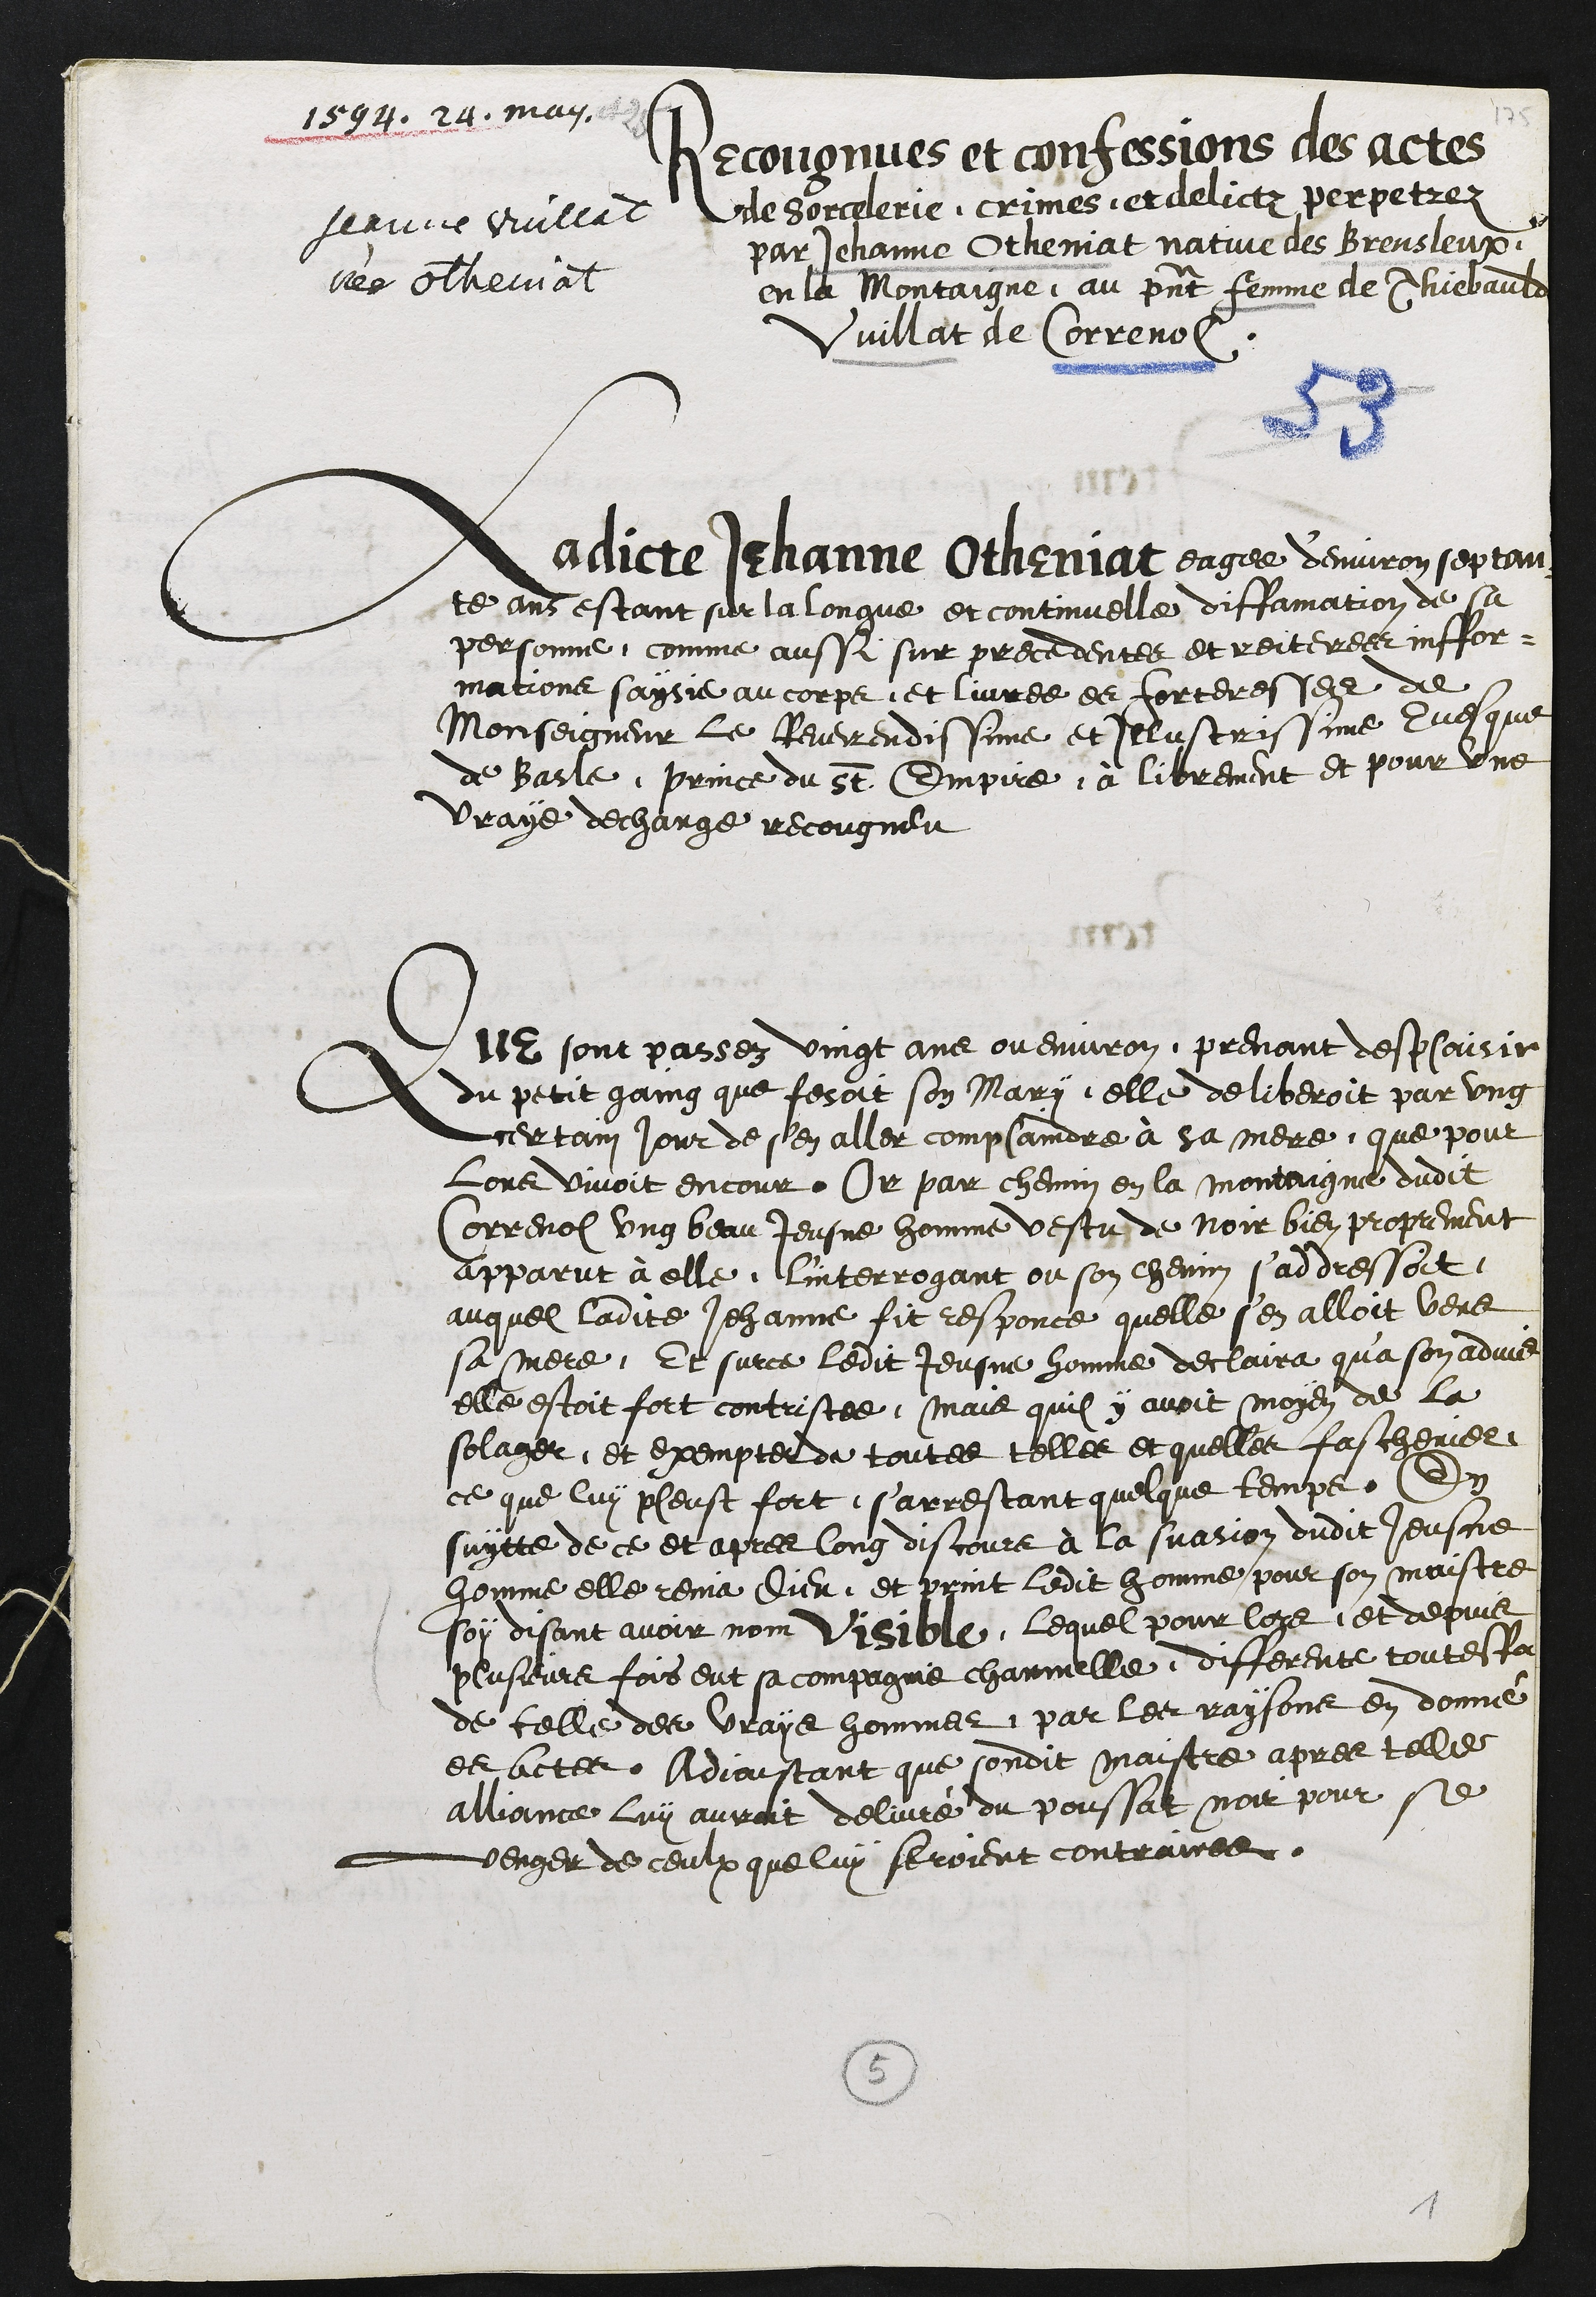
1594. 24, may
Jeanne Vuillat
née Otheniat
Recongnues et confessions des actes
de sorcelerie, crimes et delictz perpetrez
par Jehanne Otheniat native des Breusleux
en la Montaigne au present femme de Thiebauld
Vuillat de Correnol
Ladicte Jehanne Otheniat eagee d'environ septan
te ans estant sur la longue et continuelle diffamation de sa
personne, comme aussi sur precedentes et reiterees inffor¬
mations saysie au corps et livree es forteresses de
Monseigneur le Reverendissime et Illustrissime Evesque
de Basle, prince du St Empire a librement et pour une
vraye decharge recongneu
Que sont passez vingt ans ou environ, prenant desplaisir
du petit gaing que fesoit son Mary elle deliberoit par ung
certain jour de s'en aller complaindre à sa mere que pour
lors vivoit encour. Or par chemin en la montaigne dudit
Correnol ung beau Jeusne homme vestu de noir bien proprement
apparut à elle, l'interrogant ou son chemin s'addressoit
auquel ladite Jehanne fit responce quelle s'en alloit vers
sa mere, Et surce ledit Jeusne homme declaira qu'a son advis
elle estoit fort contristee, Mais quil y avoit moyen de la
solager et exempter de toutes telles et quelles fascheries
ce que luy pleust fort, s'arrestant quelque temps. En
suytte de ce et apres long discours à la suasion dudit Jeusne
homme elle renia Dieu, et print ledit homme pour son maistre
soy disant avoir nom Visible, lequel pour lors et depuis
plusieurs fois eut sa compagnie charnelle, differente toutesfois
de telle des vrays hommes par les raisons en donné
es actes. Adjoustant que sondit maistre apres telle
alliance luy auroit delivré du poussat noir pour se
venger de ceulx que luy seroient contraires.